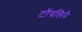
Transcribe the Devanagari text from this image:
टॉयलिने